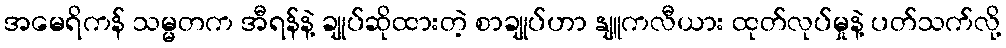
အမေရိကန် သမ္မတက အီရန်နဲ့ ချုပ်ဆိုထားတဲ့ စာချုပ်ဟာ နျူကလီယား ထုတ်လုပ်မှုနဲ့ ပတ်သက်လို့